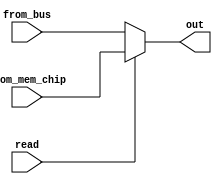
module mdr_mux_2_to_1 (
    output reg [31:0] out,              // output of the MDR Mux
    input wire read,                    // 0 for from bus, 1 for from mem chip
    input wire [31:0] from_bus,         // input from bus
    input wire [31:0] from_mem_chip		// input from mem chip
);
	always @(*) begin
		if (read)
			out <= from_mem_chip;
		else
			out <= from_bus;
	end

endmodule